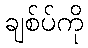
ချစ်ပ်ကို